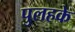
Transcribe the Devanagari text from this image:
पुलहके